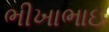
ભીખાભાઇ